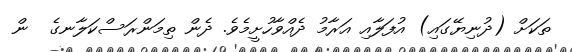
ތަކަށް (ދުނިޔޭގައި) އުފަލާއި އަރާމު ދެއްވާހުށީމެވެ. ދެން ތިމަންރަސްކަލާނގެ  ން